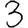
Digit: 3